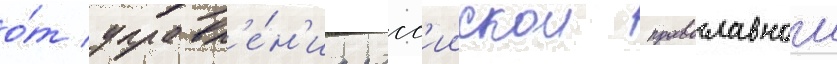
о́т управл'е́н'иа росс'иискои православнои